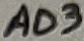
Text: AD3